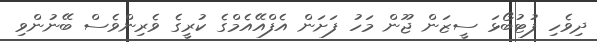
ދިވެހި ފުޓުބޯޅަ ސީޒަން ޖޫން މަހު ފަށަން އެފްއޭއެމްގެ ކުރީގެ ވެރިންވެސް ބޭނުންވި